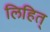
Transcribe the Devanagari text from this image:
लिहित्